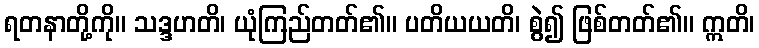
ရတနာတို့ကို။ သဒ္ဒဟတိ၊ ယုံကြည်တတ်၏။ ပတိယယတိ၊ စွဲ၍ ဖြစ်တတ်၏။ ဣတိ၊